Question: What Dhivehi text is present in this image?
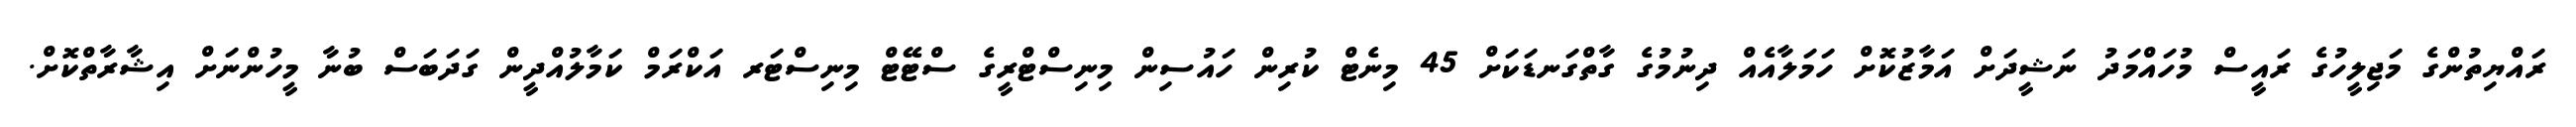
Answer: ރައްޔިތުންގެ މަޖިލީހުގެ ރައީސް މުހައްމަދު ނަޝީދަށް އަމާޒުކޮށް ހަމަލާއެއް ދިނުމުގެ ގާތްގަނޑަކަށް 45 މިނެޓް ކުރިން ހައުސިން މިނިސްޓްރީގެ ސްޓޭޓް މިނިސްޓަރ އަކްރަމް ކަމާލުއްދީން ގަދަބަސް ބުނާ މީހުންނަށް އިޝާރާތްކޮށް.